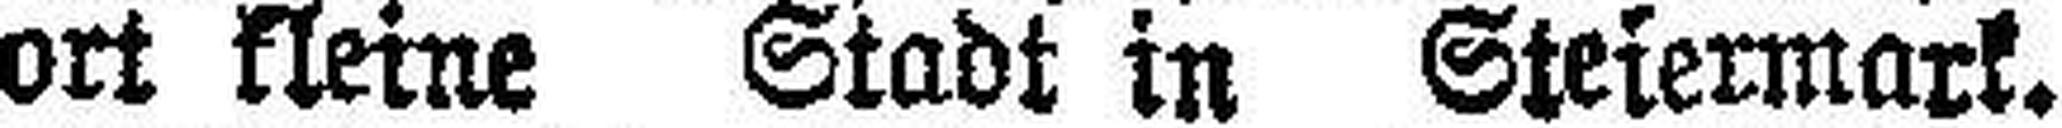
ort kleine Stadt in Steiermark.